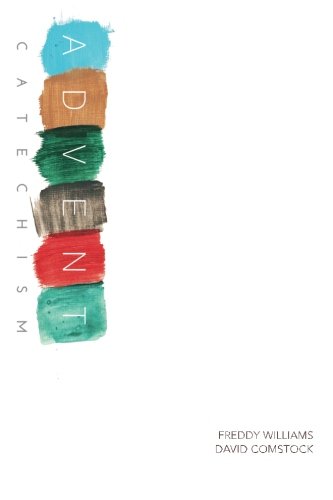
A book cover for ADVENT Catechism; Freddy Williams; Christian Books & Bibles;